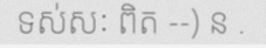
ទស់សៈ ពិត --) ន .